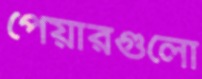
পেয়ারগুলো